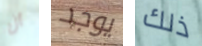
أن يوجد ذلك